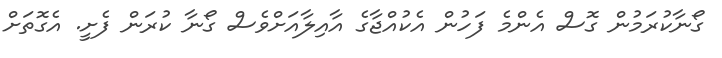
ގޯނާކުރަމުން ގޮސް އެންމެ ފަހުން އެކުއްޖާގެ އާއިލާއަށްވެސް ގޯނާ ކުރަން ފެށީ. އެގޮތަށް